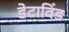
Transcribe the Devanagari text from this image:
डेटाविंड